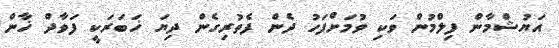
އަޔުޝްމާން ފިލްމުން ވަކި ވުމަށްފަހު ދެން ފެތުރިގެން ދިޔަ ޚަބަރަކީ ފަވާދް ޚާން